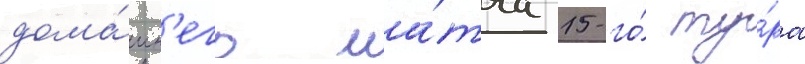
дома́шн'его ма́тча 15-го́ ту́ра